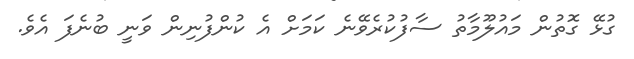
ގުޅޭ ގޮތުން މައުލޫމާތު ސާފުކުރެވޭނެ ކަމަށް އެ ކުންފުނިން ވަނީ ބުނެފަ އެވެ.